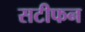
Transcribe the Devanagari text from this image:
सटीफन